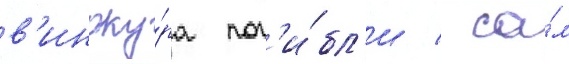
в'иноку́ра пог'и́бл'и / са́м